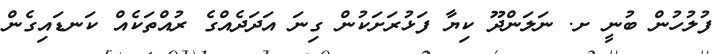
ފުލުހުން ބުނީ ށ. ނަލަންދޫ ކިޔާ ފަޅުރަށަކުން ގިނަ އަދަދެއްގެ ރުއްތަކެއް ކަނޑައިގެން